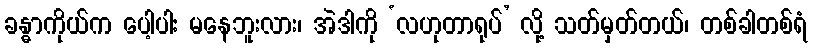
ခန္ဓာကိုယ်က ပေါ့ပါး မနေဘူးလား၊ အဲဒါကို ‘လဟုတာရုပ်’ လို့ သတ်မှတ်တယ်၊ တစ်ခါတစ်ရံ